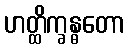
ဟတ္ထိက္ခန္ဓတော